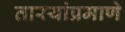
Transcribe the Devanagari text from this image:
तारयांप्रमाणे